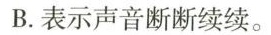
B.表示声音断断续续。